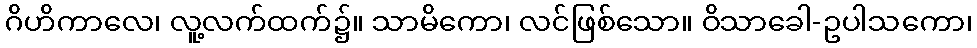
ဂိဟိကာလေ၊ လူ့လက်ထက်၌။ သာမိကော၊ လင်ဖြစ်သော။ ဝိသာခေါ-ဥပါသကော၊